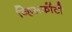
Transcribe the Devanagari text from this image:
व्हिसकोंटी